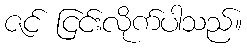
ဇင် ငြင်းလိုက်ပါသည်။